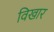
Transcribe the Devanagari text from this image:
विखार